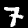
Digit: 7